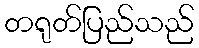
တရုတ်ပြည်သည်